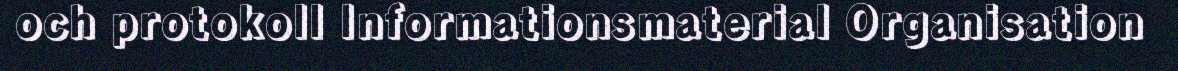
och protokoll Informationsmaterial Organisation